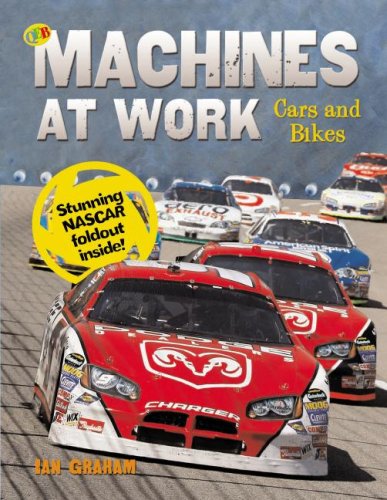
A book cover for Cars and Bikes (Machines at Work); Ian Graham; Children's Books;